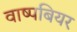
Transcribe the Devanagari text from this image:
वाष्पबियर